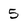
Character: 5